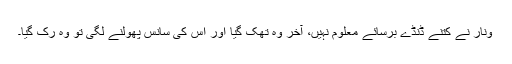
ونار نے کتنے ڈنڈے برسائے معلوم نہیں، آخر وہ تھک گیا اور اس کی سانس پھولنے لگی تو وہ رک گیا۔